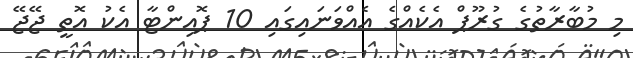
މި މުބާރާތުގެ ގުރޫޕް އެކެއްގެ އެއްވަނައިގައި 10 ޕޮއިންޓާ އެކު އޮތީ ޖޭޖޭ